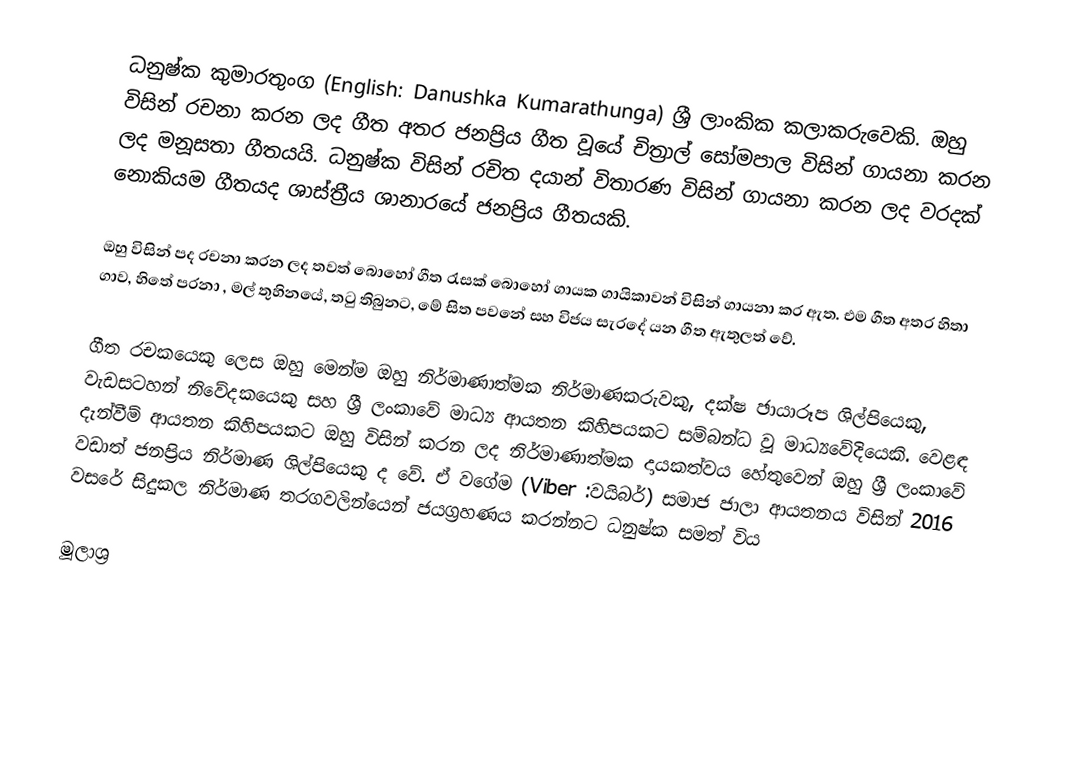
ධනුෂ්ක කුමාරතුංග (English: Danushka Kumarathunga) ශ්‍රී ලාංකික කලාකරුවෙකි. ඔහු විසින් රචනා කරන ලද ගීත අතර ජනප්‍රිය ගීත වූයේ චිත්‍රාල් සෝමපාල විසින් ගායනා කරන ලද මනූසතා  ගීතයයි. ධනුෂ්ක විසින් රචිත දයාන් විතාරණ විසින් ගායනා කරන ලද වරදක් නොකියම ගීතයද ශාස්ත්‍රීය ශානාරයේ ජනප්‍රිය ගීතයකි.

ඔහු විසින් පද රචනා කරන ලද තවත් බොහෝ ගීත රැසක් බොහෝ ගායක ගායිකාවන් විසින් ගායනා කර ඇත. එම ගීත අතර හිතා ගාව, හිතේ පරනා , මල් තුහිනයේ, තටු තිබුනට, මේ සිත පවනේ සහ විජය සැරදේ යන ගීත ඇතුලත් වේ.

ගීත රචකයෙකු ලෙස ඔහු මෙන්ම ඔහු නිර්මාණාත්මක නිර්මාණකරුවකු, දක්ෂ ඡායාරූප ශිල්පියෙකු, වැඩසටහන් නිවේදකයෙකු සහ ශ්‍රී ලංකාවේ මාධ්‍ය ආයතන කිහිපයකට සම්බන්ධ වූ මාධ්‍යවේදියෙකි. වෙළඳ දැන්වීම් ආයතන කිහිපයකට ඔහු විසින් කරන ලද නිර්මාණාත්මක දායකත්වය හේතුවෙන් ඔහු ශ්‍රී ලංකාවේ වඩාත් ජනප්‍රිය නිර්මාණ ශිල්පියෙකු ද වේ. ඒ වගේම (Viber :වයිබර්) සමාජ ජාලා ආයතනය විසින් 2016 වසරේ සිදුකල නිර්මාණ තරගවලින්යෙන් ජයග්‍රහණය කරන්නට ධනුෂ්ක සමත් විය

මූලාශ්‍ර